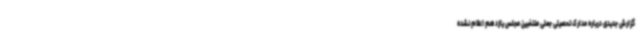
گزارش جدیدی درباره مدارک تحصیلی جعلی منتخبین مجلس یازدهم اعلام نشده